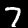
Digit: 7